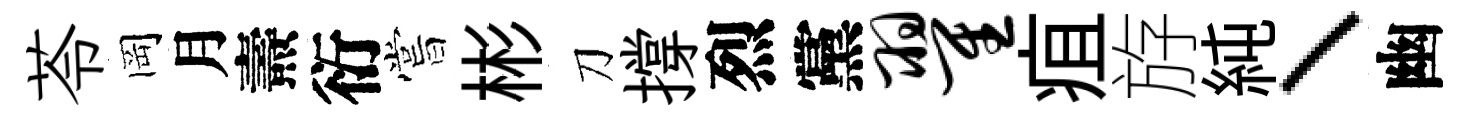
苓岡月燾衍嘗彬刀撐烈黨翟疽斿純、幽